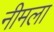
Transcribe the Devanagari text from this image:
नीमला